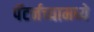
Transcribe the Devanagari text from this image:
पॅटर्नच्यामध्ये